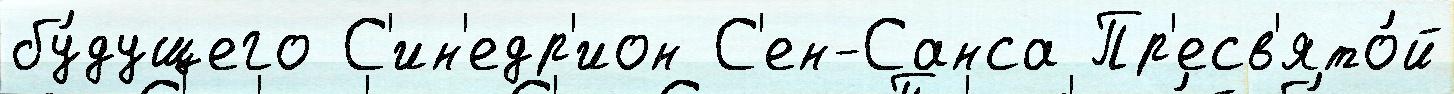
бу́дущего С'ин'едр'ион С'ен-Санса Пр'есв'ято́й